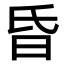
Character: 昏